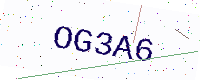
Text: OG3A6